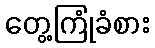
တွေ့ကြုံခံစား